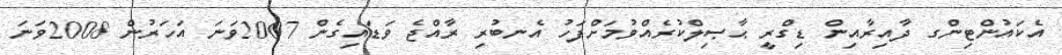
އެކައުންޓިންގ ދާއިރާއިން ޑިގްރީ ޙާޞިލްކުރެއްވުމަށްފަހު އެނބުރި ރާއްޖެ ވަޑައިގެން 2007ވަނަ އަހަރުން 2008ވަނަ